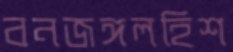
বনজঙ্গলহিশ